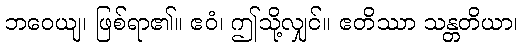
ဘဝေယျ၊ ဖြစ်ရာ၏။ ဧဝံ၊ ဤသို့လျှင်။ ဧတိဿာ သန္တတိယာ၊